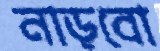
নাড়বো